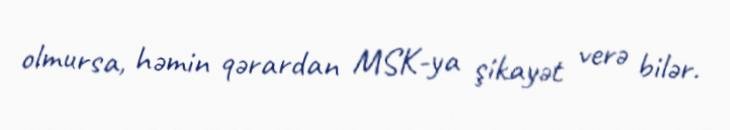
olmursa, həmin qərardan MSK-ya şikayət verə bilər.